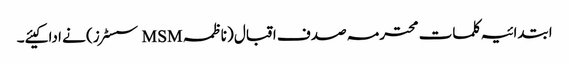
ابتدائیہ کلمات محترمہ صدف اقبال (ناظمہ MSM سسٹرز) نے ادا کیئے۔